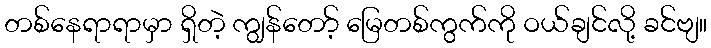
တစ်နေရာရာမှာ ရှိတဲ့ ကျွန်တော့် မြေတစ်ကွက်ကို ဝယ်ချင်လို့ ခင်ဗျ။